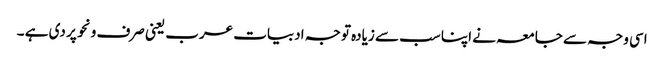
اسی وجہ سے جامعہ نے اپنا سب سے زیادہ توجہ ادبیات عرب یعنی صرف ونحو پر دی ہے ۔